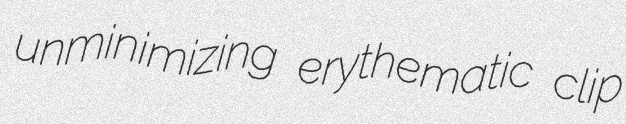
unminimizing erythematic clip